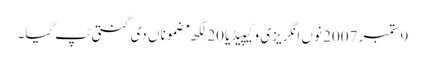
9 ستمبر 2007 نوں انگریزی وکیپیڈیا 20 لکھ مضموناں دی گنتی ٹپ گیا۔